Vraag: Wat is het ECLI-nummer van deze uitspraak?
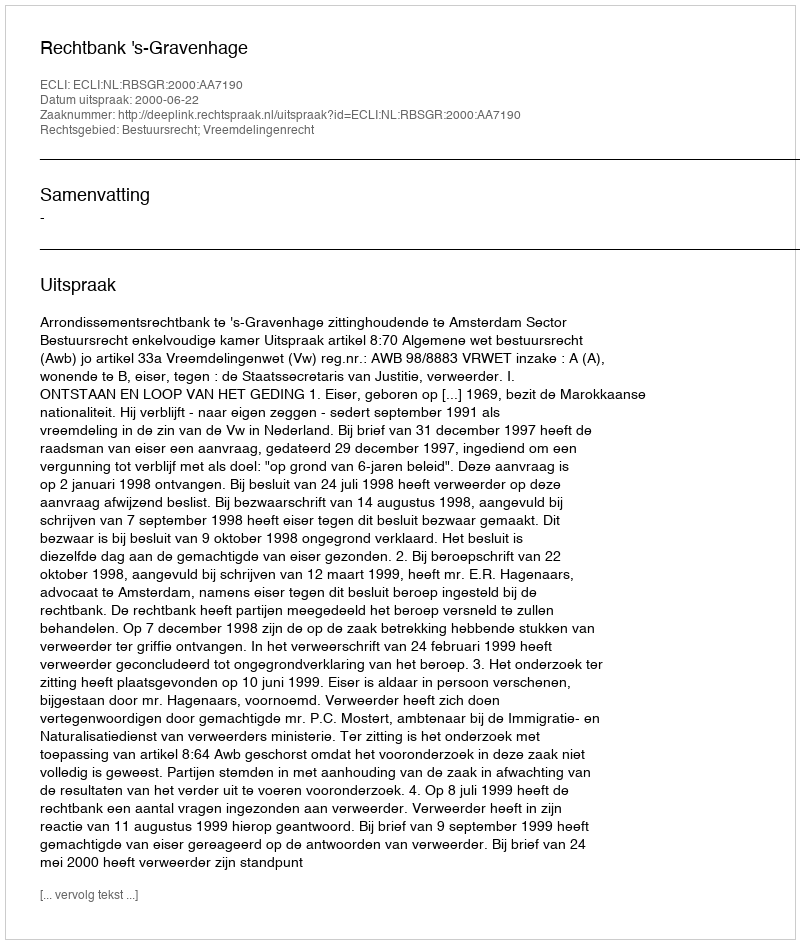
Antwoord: ECLI:NL:RBSGR:2000:AA7190